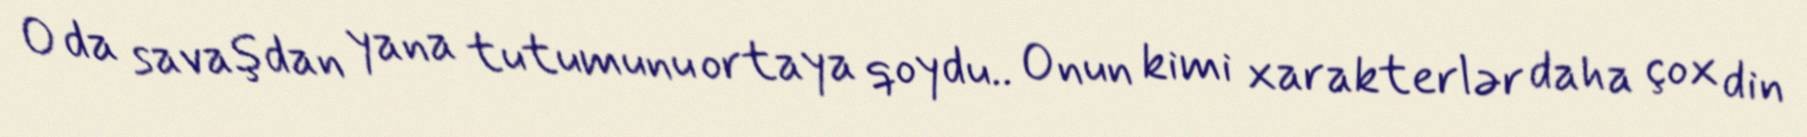
O da savaşdan yana tutumunu ortaya qoydu.. Onun kimi xarakterlər daha çox din